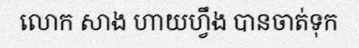
លោក សាង ហាយហ្វឹង បានចាត់ទុក